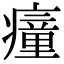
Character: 𤺄